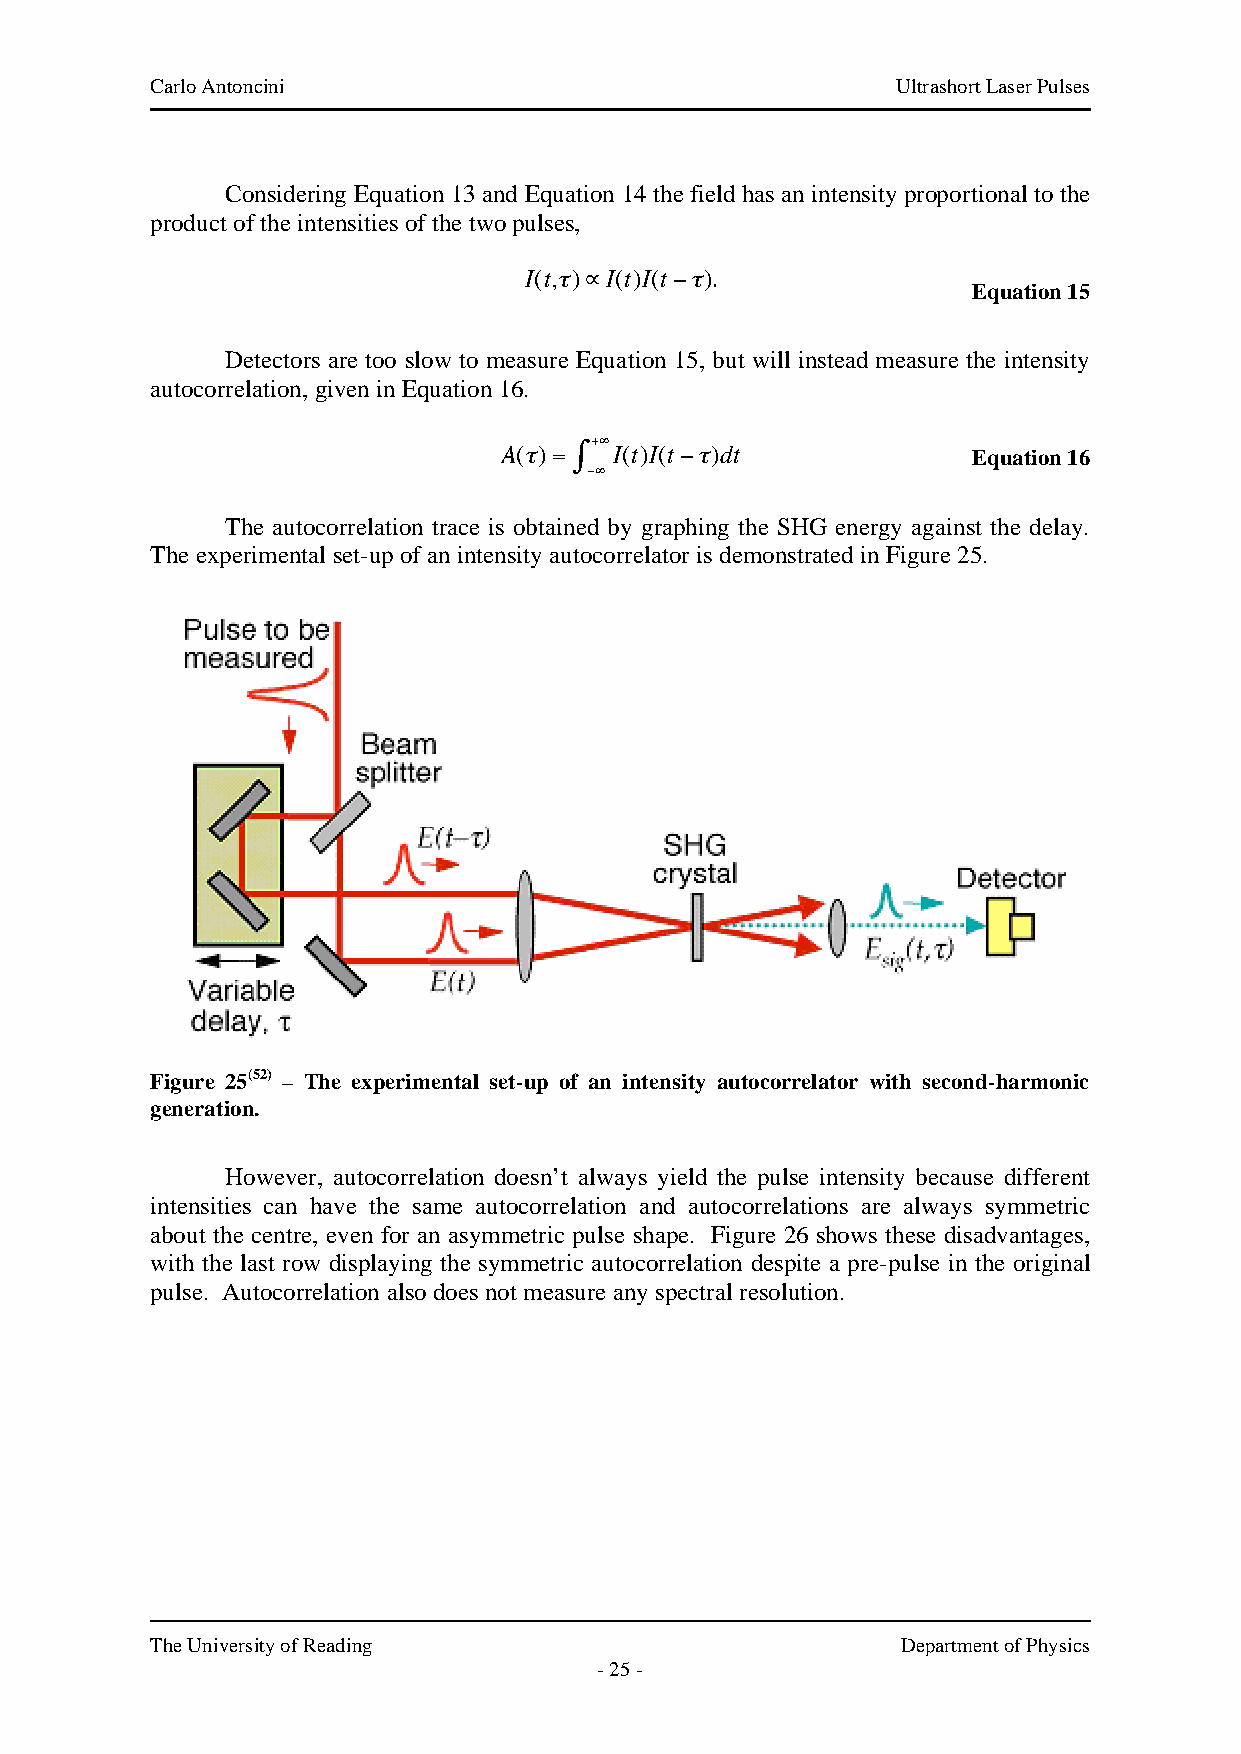
Carlo Antoncini                                  Ultrashort Laser Pulses
 Considering Equation 13 and Equation 14 the field has an intensity proportional to the
 product of the intensities of the two pulses,
 I(t,")#I(t)I(t$").
 Equation 15
 Detectors are too slow to measure Equation 15, but will instead measure the intensity
 autocorrelation, given in Eq!u ation 16.
 A(")=
 %+$
 I(t)I(t#")dt           Equation 16
 #$
 The autocorrelation trace is obtained by graphing the SHG energy against the delay.
 The experimental set-up of an intensity autocorrelator is demonstrated in Figure 25.
 !
 Figure 25(52) – The experimental set-up of an intensity autocorrelator with second-harmonic
 generation.
 However, autocorrelation doesn’t always yield the pulse intensity because different
 intensities can have the same autocorrelation and autocorrelations are always symmetric
 about the centre, even for an asymmetric pulse shape. Figure 26 shows these disadvantages,
 with the last row displaying the symmetric autocorrelation despite a pre-pulse in the original
 pulse. Autocorrelation also does not measure any spectral resolution.
 The University of Reading                         Department of Physics
 - 25 -